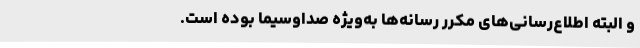
و البته اطلاع‌رسانی‌های مکرر رسانه‌ها به‌ویژه صداوسیما بوده است.